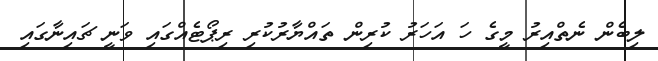
ލިބެން ނެތްއިރު މީގެ ހަ އަހަރު ކުރިން ތައްޔާރުކުރި ރިޕޯޓެއްގައި ވަނީ ޗައިނާގައި